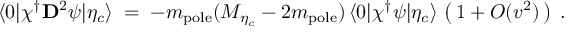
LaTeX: \langle 0 | \chi ^ { \dagger } { \bf D } ^ { 2 } \psi | \eta _ { c } \rangle \; = \; - m _ { \mathrm { p o l e } } ( M _ { \eta _ { c } } - 2 m _ { \mathrm { p o l e } } ) \, \langle 0 | \chi ^ { \dagger } \psi | \eta _ { c } \rangle \, \left( \, 1 + O ( v ^ { 2 } ) \, \right) \; .